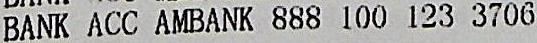
BANK ACC AMBANK 888 100 123 3706